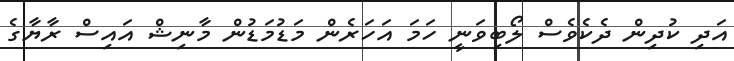
އަދި ކުދިން ދެކެވެސް ލޯބިވަނީ ހަމަ އަހަރެން މަޑުމަޑުން މާނިޝް އައިސް ރާޔާގެ